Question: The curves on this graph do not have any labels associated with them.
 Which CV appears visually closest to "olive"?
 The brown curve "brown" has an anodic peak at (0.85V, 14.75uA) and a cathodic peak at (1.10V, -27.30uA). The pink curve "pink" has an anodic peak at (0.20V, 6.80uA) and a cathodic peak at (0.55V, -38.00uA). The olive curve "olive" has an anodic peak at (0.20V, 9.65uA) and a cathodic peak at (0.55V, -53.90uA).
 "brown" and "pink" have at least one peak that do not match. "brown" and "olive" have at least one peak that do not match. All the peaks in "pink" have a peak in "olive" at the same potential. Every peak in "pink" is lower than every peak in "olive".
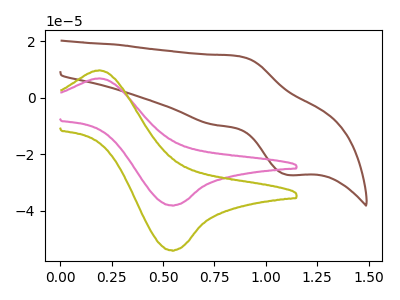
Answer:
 <answer>The CV with the most similar shape to "pink" is "olive".</answer>
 <eval>"olive"</eval>